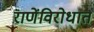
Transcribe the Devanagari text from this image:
राणेंविरोधात